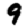
Digit: 9